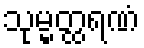
သုမ္မတ္ထရဏံ